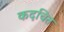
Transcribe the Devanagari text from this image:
कदचित